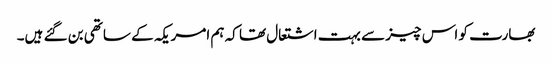
بھارت کو اس چیز سے بہت اشتعال تھا کہ ہم امریکہ کے ساتھی بن گئے ہیں۔